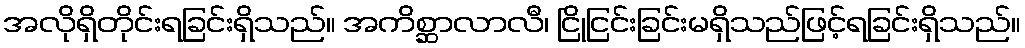
အလိုရှိတိုင်းရခြင်းရှိသည်။ အကိစ္ဆာလာလီ၊ ငြိုငြင်းခြင်းမရှိသည်ဖြင့်ရခြင်းရှိသည်။